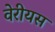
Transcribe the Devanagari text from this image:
वेरीयस